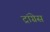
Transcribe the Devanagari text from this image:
ट्रांग्रेस